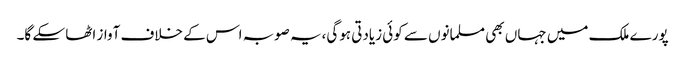
پورے ملک میں جہاں بھی مسلمانوں سے کوئی زیادتی ہوگی،یہ صوبہ اس کے خلاف آواز اٹھا سکے گا۔